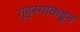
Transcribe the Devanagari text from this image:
गृहस्थांकडून